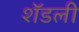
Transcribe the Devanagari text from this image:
शॅडली